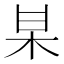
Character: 𭩱